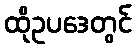
ထိုဥပဒေတွင်